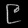
Digit: ၉